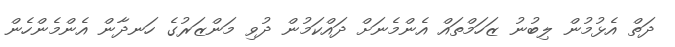
ދަތް އެޅުމުން ލިބުނު ޒަހަމްތައް އެންމެނަށް ދައްކަމުން ދުވި މަންޒަރުގެ ހަނދާން އެންމެންހެން